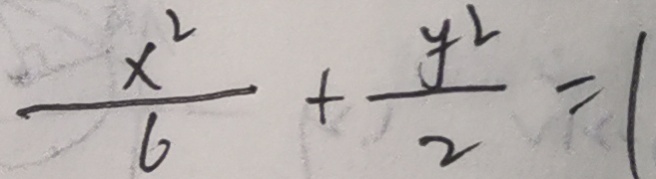
\frac { x ^ { 2 } } { 6 } + \frac { y ^ { 2 } } { 2 } = 1